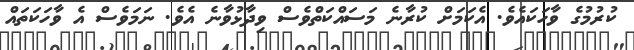
ކުރުމުގެ ވާހަކައެވެ. އެކަމަށް ކުރާނެ މަސައްކަތްވެސް ވިދާޅުވާނެ އެވެ. ނަމަވެސް އެ ވާހަކަތައް